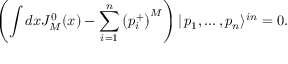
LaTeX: \left( \int d x J _ { M } ^ { 0 } ( x ) - \sum _ { i = 1 } ^ { n } \left( p _ { i } ^ { + } \right) ^ { M } \right) | \, p _ { 1 } , \dots , p _ { n } \rangle ^ { i n } = 0 .